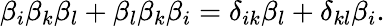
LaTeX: \beta_{i}\beta_{k}\beta_{l}+\beta_{l}\beta_{k}\beta_{i}=\delta_{ik}\beta_{l}+\delta_{kl}\beta_{i}.